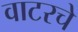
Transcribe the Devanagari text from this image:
वाटरचे